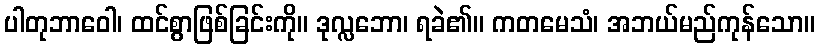
ပါတုဘာဝေါ၊ ထင်စွာဖြစ်ခြင်းကို။ ဒုလ္လဘော၊ ရခဲ၏။ ကတမေသံ၊ အဘယ်မည်ကုန်သော။